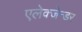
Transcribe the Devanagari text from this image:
एलेक्जेन्डर